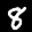
Label: 8